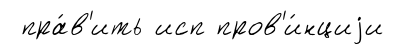
пра́в'ить исп пров'и́нциjи